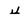
Character: 4